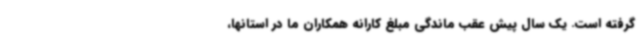
گرفته است. یک سال پیش عقب ماندگی مبلغ کارانه همکاران ما در استانها،